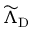
\widetilde { \Lambda } _ { \mathrm { { D } } }